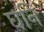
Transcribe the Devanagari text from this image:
घनि